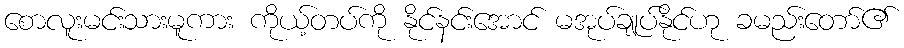
စောလူးမင်းသားမူကား ကိုယ့်တပ်ကို နိုင်နင်းအောင် မအုပ်ချုပ်နိုင်ဟု ခမည်းတော်၏